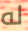
له